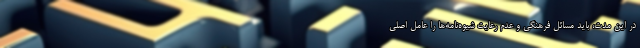
در این مدت، باید مسائل فرهنگی و عدم رعایت شیوه‌نامه‌ها را عامل اصلی